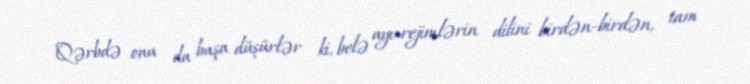
Qərbdə onu da başa düşürlər ki, belə ayı-rejimlərin dilini birdən-birdən, tam